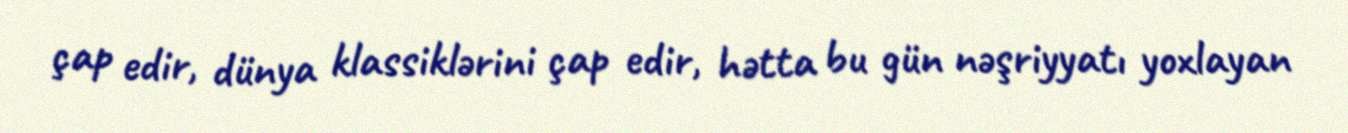
çap edir, dünya klassiklərini çap edir, hətta bu gün nəşriyyatı yoxlayan